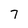
Character: 7